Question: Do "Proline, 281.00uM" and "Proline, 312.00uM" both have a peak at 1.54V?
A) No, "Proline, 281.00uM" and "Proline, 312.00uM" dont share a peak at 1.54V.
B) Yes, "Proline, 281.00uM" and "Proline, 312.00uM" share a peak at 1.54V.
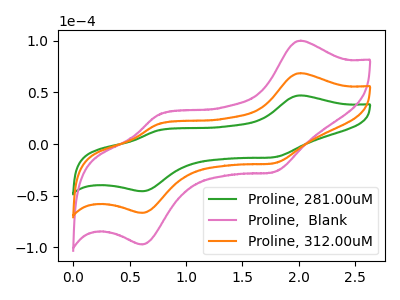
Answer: <think>The green curve "Proline, 281.00uM" has anodic peaks at (2.00V, 47.10uA) (0.75V, 13.20uA) and cathodic peaks at (1.80V, -12.75uA) (0.60V, -45.80uA). The pink curve "Proline,  Blank" has anodic peaks at (2.00V, 137.35uA) (0.75V, 38.50uA) and cathodic peaks at (1.80V, -37.15uA) (0.60V, -133.55uA). The orange curve "Proline, 312.00uM" has anodic peaks at (2.00V, 68.70uA) (0.75V, 19.25uA) and cathodic peaks at (1.80V, -18.55uA) (0.60V, -66.75uA).</think>
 <answer>A) No, "Proline, 281.00uM" and "Proline, 312.00uM" dont share a peak at 1.54V.</answer>
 <eval>A</eval>